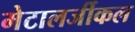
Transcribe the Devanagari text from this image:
मेटालर्जीकल